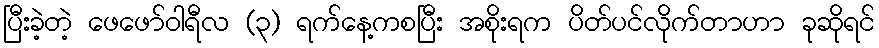
ပြီးခဲ့တဲ့ ဖေဖော်ဝါရီလ (၃) ရက်နေ့ကစပြီး အစိုးရက ပိတ်ပင်လိုက်တာဟာ ခုဆိုရင်